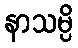
နာသမ္ပိ